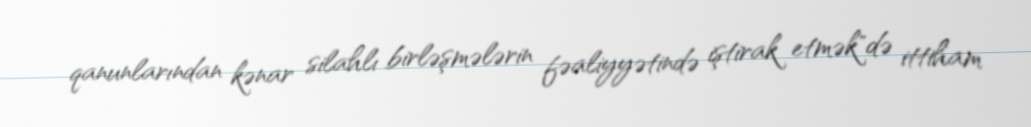
qanunlarından kənar silahlı birləşmələrin fəaliyyətində iştirak etmək"də ittiham